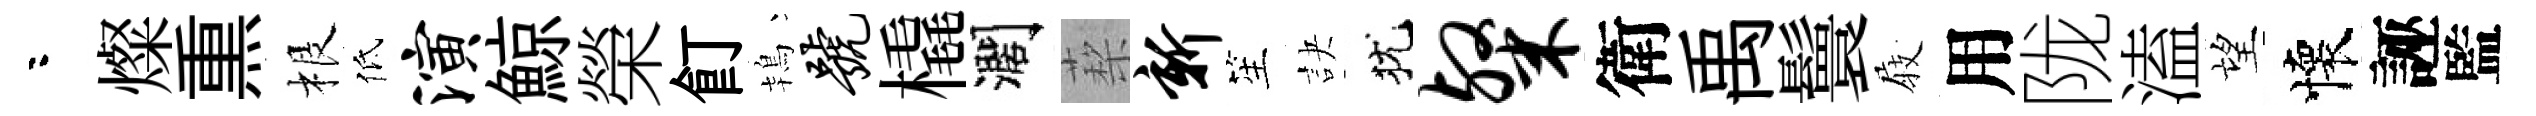
咯燦𤋱根低演鯨榮飣鴇号橇濶蔾新笙訣犹粲衛禹鬟𡲆用陇溘望懷誣監